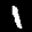
Label: 1